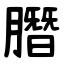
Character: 䐶